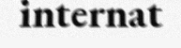
internat